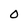
Character: 0